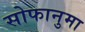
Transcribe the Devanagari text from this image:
सोफानुमा